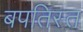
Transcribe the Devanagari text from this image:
बपतिस्त